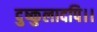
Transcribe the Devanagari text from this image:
दुष्कुलादपि।।